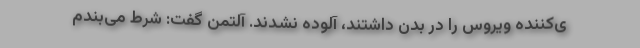
ی‌کننده ویروس را در بدن داشتند، آلوده نشدند. آلتمن گفت: شرط می‌بندم